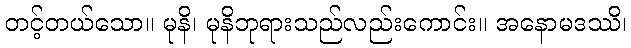
တင့်တယ်သော။ မုနိ၊ မုနိဘုရားသည်လည်းကောင်း။ အနောမဒဿိ၊